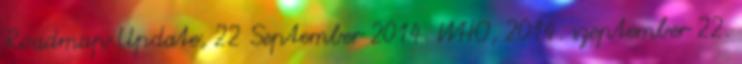
Roadmap Update, 22 September 2014. WHO, 2014. szeptember 22.